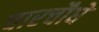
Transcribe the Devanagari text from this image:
चारचौघे